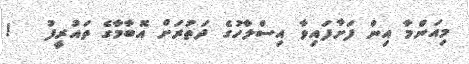
މިއަންމާ އިން ފަށާފައިވާ އިސްލާހުގެ ދަތުރަށް އޮބާމާގެ ތައުރީފު   !